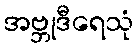
အဗ္ဘုဒီရေသုံ